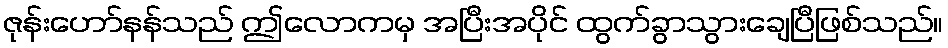
ဇုန်းဟော်နန်သည် ဤလောကမှ အပြီးအပိုင် ထွက်ခွာသွားချေပြီဖြစ်သည်။